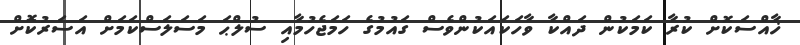
ޚާއްސަކޮށް ކުރާ ކަމަކުން ދައްކާ ވާހަކައަކުންވެސް ގައުމުގެ ހަމަޖެހުމާއި ސުލްޙަ މަސަލަސްކަމަށް އަސަރުކޮށް